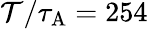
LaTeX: \mathcal{T}/\tau_{\mathrm{{{A}}}}=254